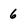
Character: 6